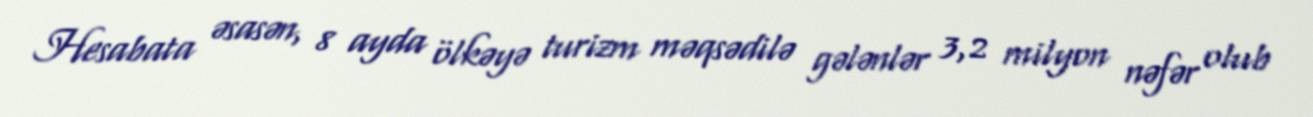
Hesabata əsasən, 8 ayda ölkəyə turizm məqsədilə gələnlər 3,2 milyon nəfər olub